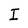
Character: I